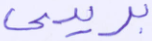
بريدي